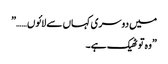
میں دوسری کہاں سے لائوں……”
”وہ تو ٹھیک ہے۔